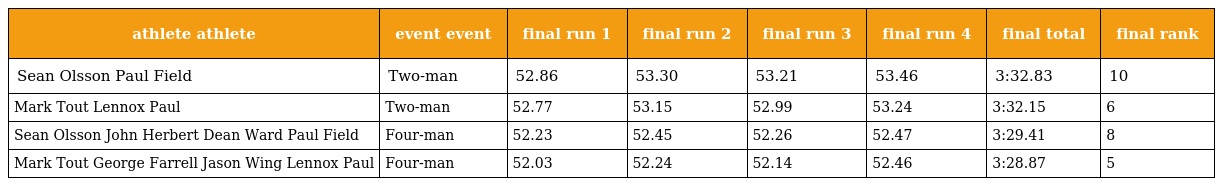
| athlete athlete | event event | final run 1 | final run 2 | final run 3 | final run 4 | final total | final rank |
 | --- | --- | --- | --- | --- | --- | --- | --- |
 | Sean Olsson Paul Field | Two-man | 52.86 | 53.30 | 53.21 | 53.46 | 3:32.83 | 10 |
 | Mark Tout Lennox Paul | Two-man | 52.77 | 53.15 | 52.99 | 53.24 | 3:32.15 | 6 |
 | Sean Olsson John Herbert Dean Ward Paul Field | Four-man | 52.23 | 52.45 | 52.26 | 52.47 | 3:29.41 | 8 |
 | Mark Tout George Farrell Jason Wing Lennox Paul | Four-man | 52.03 | 52.24 | 52.14 | 52.46 | 3:28.87 | 5 |